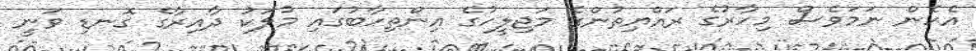
އެހެން ނަމަވެސް މިހާރުގެ ރައްްޔިތުންގެ މަޖިލީހުގެ އިންތިހާބުގައި މުލަކު ދާއިރާގެ ގޮނޑި ވަނީ